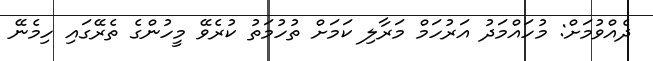
ދެއްވުމަށް: މުހައްމަދު އަރުހަމް މަރާލި ކަމަށް ތުހުމަތު ކުރެވޭ މީހުންގެ ތެރޭގައި ހިމެނޭ